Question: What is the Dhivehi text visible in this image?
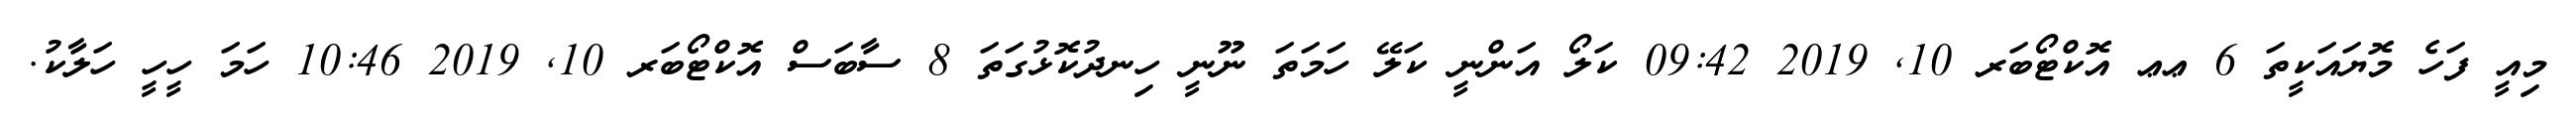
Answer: މިއީ ފަހެ މޮޔައަކީތަ 6 ޢޢ އޮކްޓޯބަރ 10, 2019 09:42 ކަލޯ އަންނީ ކަލޭ ހަމަތަ ނޫނީ ހިނދުކޮޅުގަތަ 8 ސާބަސް އޮކްޓޯބަރ 10, 2019 10:46 ހަމަ ހީހީ ހަލާކު.